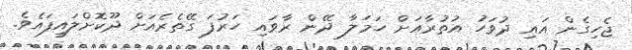
ޖެހިގެން އައި ދުވަހު އުތުރާއަށް ހަމަލާ ދޭން ރާވައި ހަރުފަ ގޭތެރެއަށް ދޫކޮށްލައިފައެވެ.